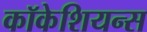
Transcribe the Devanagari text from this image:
कॉकेशियन्स